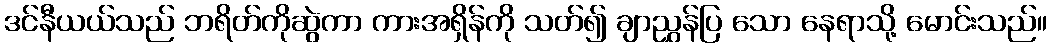
ဒင်နီယယ်သည် ဘရိတ်ကိုဆွဲကာ ကားအရှိန်ကို သတ်၍ ချာညွှန်ပြ သော နေရာသို့ မောင်းသည်။